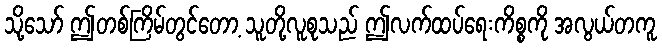
သို့သော် ဤတစ်ကြိမ်တွင်တော့ သူတို့လူစုသည် ဤလက်ထပ်ရေးကိစ္စကို အလွယ်တကူ